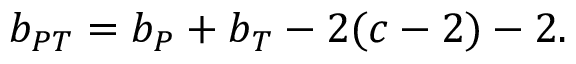
b _ { P T } = b _ { P } + b _ { T } - 2 ( c - 2 ) - 2 .